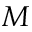
\boldsymbol { M }